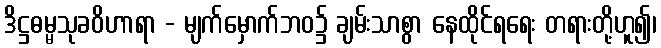
ဒိဋ္ဌဓမ္မသုခဝိဟာရာ - မျက်မှောက်ဘဝ၌ ချမ်းသာစွာ နေထိုင်ရရေး တရားတို့ဟူ၍၊